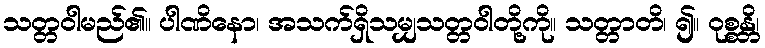
သတ္တဝါမည်၏။ ပါဏိနော၊ အသက်ရှိသမျှသတ္တဝါတို့ကို။ သတ္တာတိ၊ ၍။ ဝုစ္စန္တိ၊